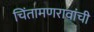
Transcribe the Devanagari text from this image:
चिंतामणरावांची